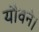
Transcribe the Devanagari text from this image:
यौवने।